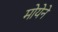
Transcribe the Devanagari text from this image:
मोयेने